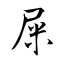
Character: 屎